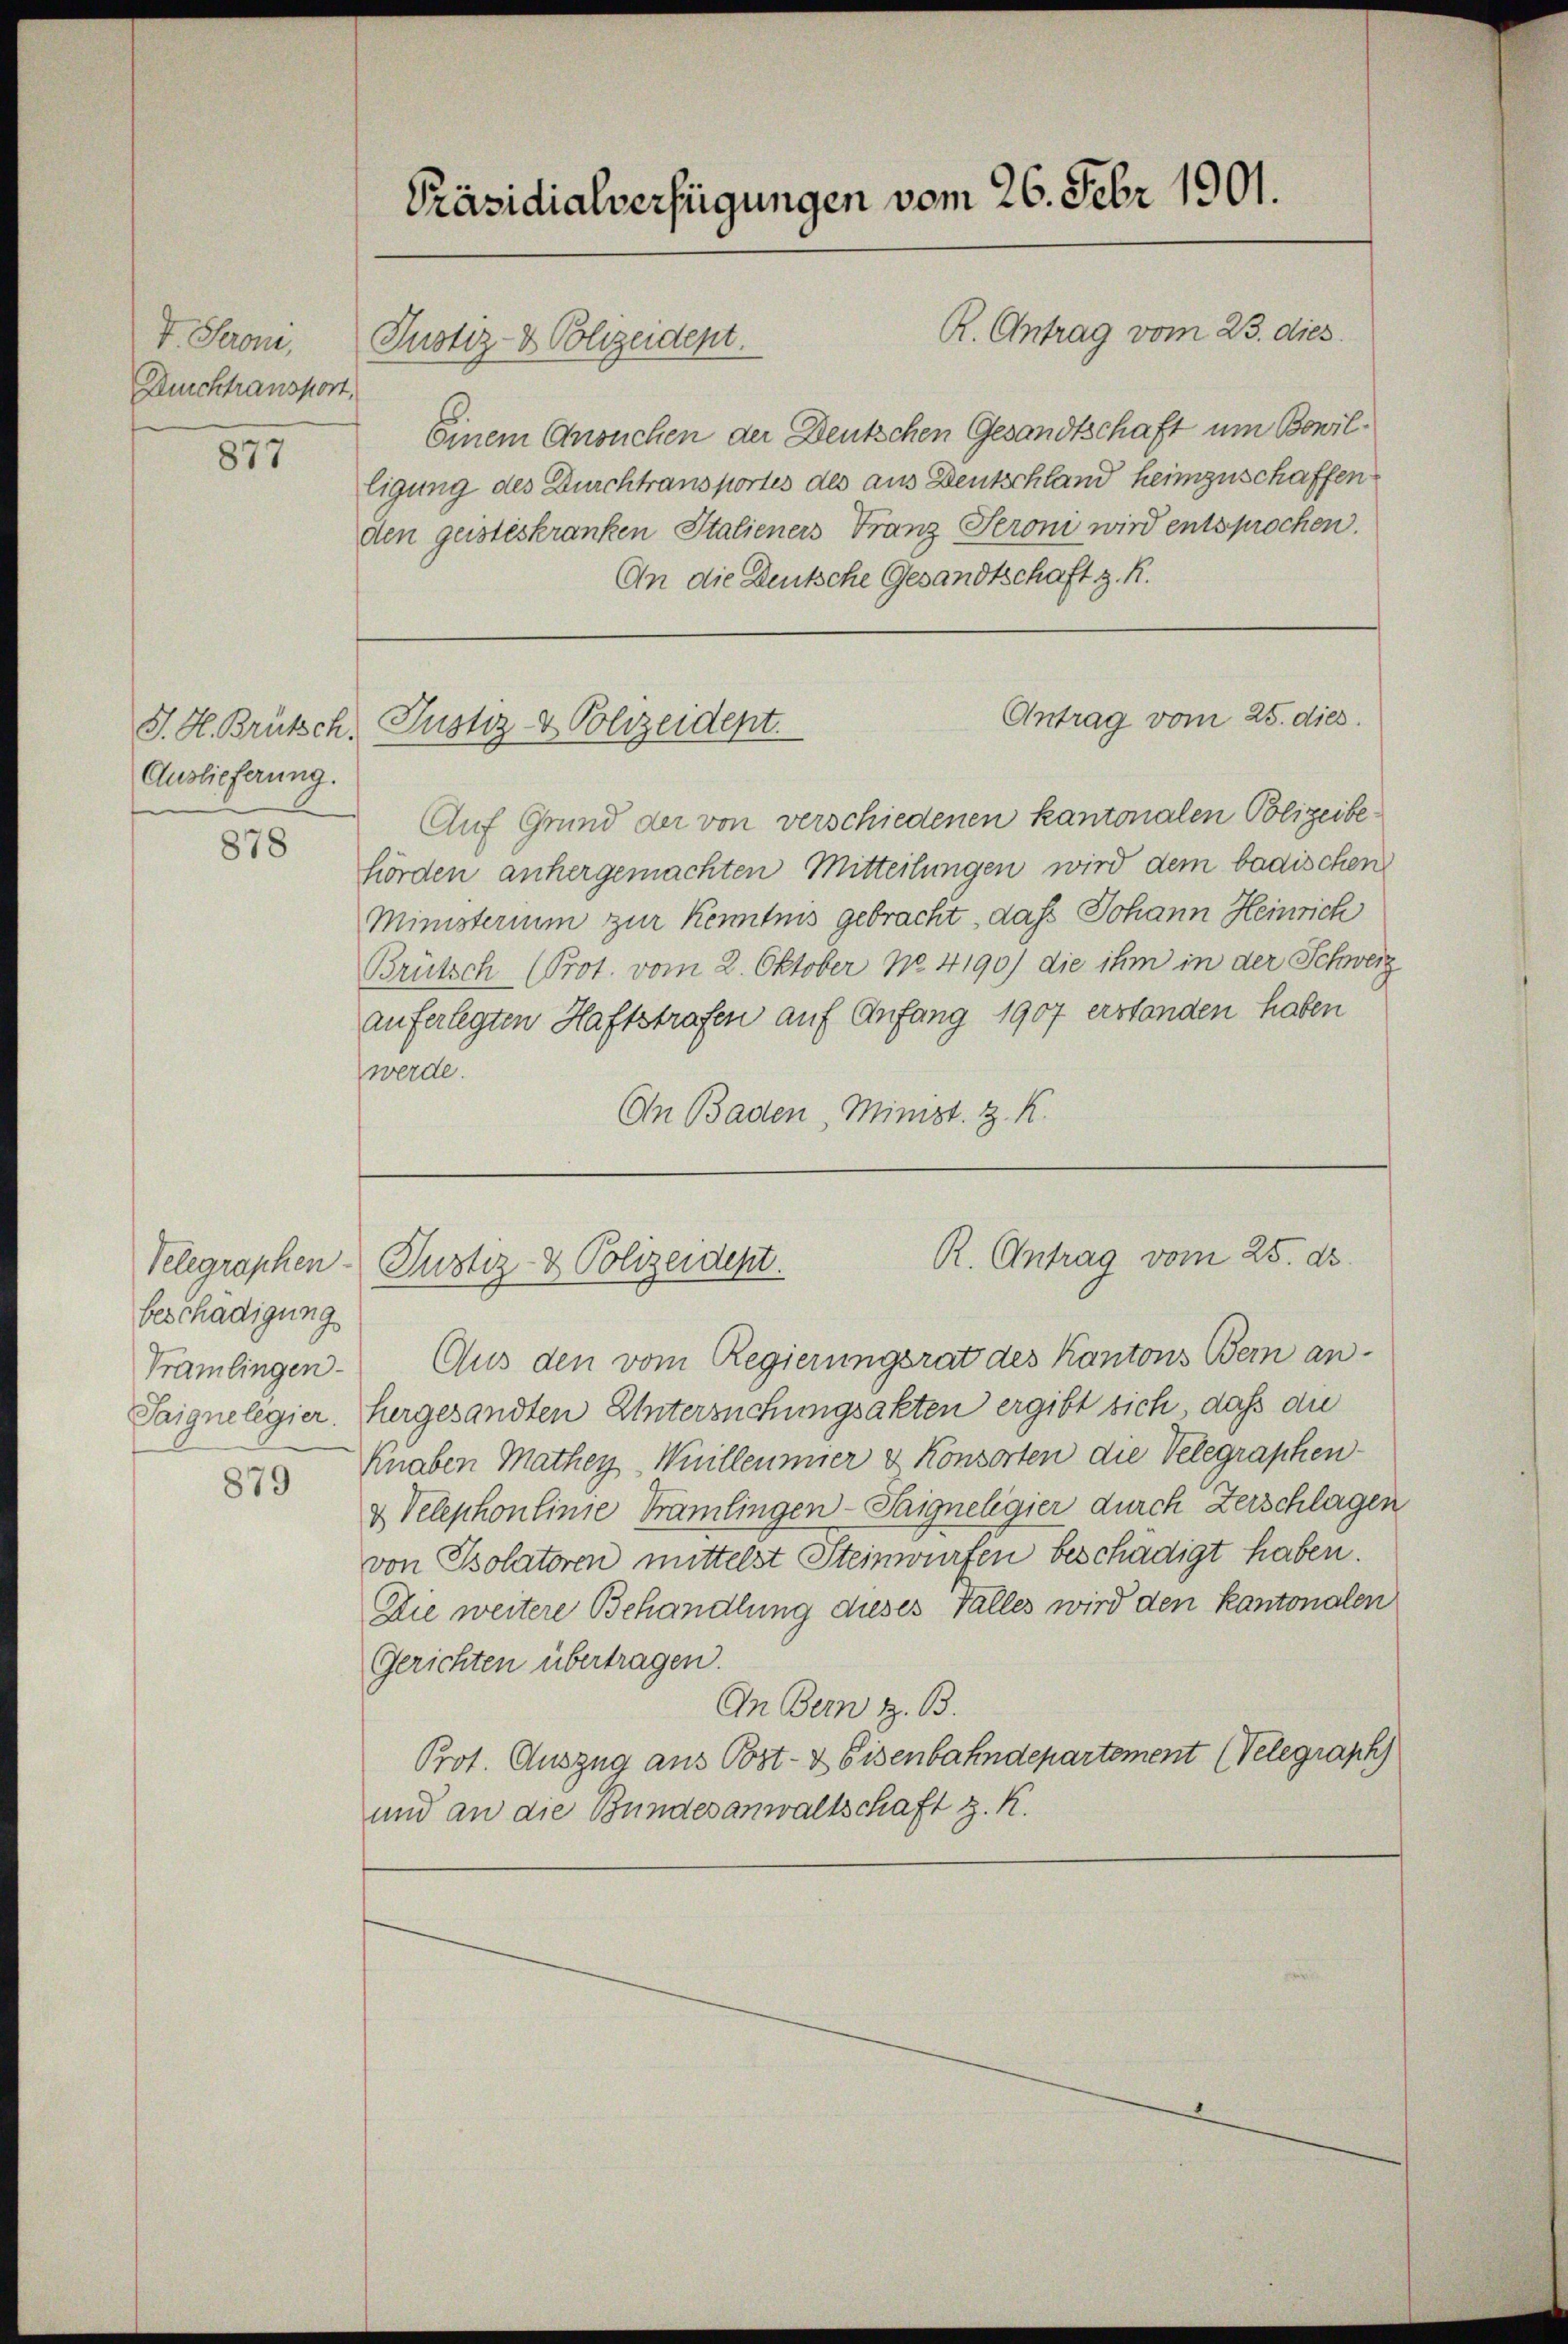
V. Seroni,
Durchtransport,

877

Auslieferung.

878

beschädigung
Taigne legier.

879

R. Antrag vom 23. dies
Einem Ansuchen der Deutschen Gesandtschaft um Bewilligung des Durchtransportes des aus Deutschland heimzuschaffen
den geisteskranken Stalieners Franz Seroni wird entsprochen.
An die Deutsche Gesandtschaft z. R.

Auf Grund der von verschiedenen Kantonalen Polizeibehörden anhergemachten Mitteilungen wird dem badischen
Ministerium zur Kenntnis gebracht, daß Johann Heinrich
Brütsch (Prot. vom 2. Oktober No. 4190) die ihm in der Schweiz
auferlegten Haftstrafen auf Anfang 1907 erstanden haben
werde.
On Baden, Minist. Z. K.

Präsidialverfügungen vom 26. Febr 1901.

Justiz- & Polizeident.

Pramlingen. Aus den vom Regierungsrat des Kantons Bern anhergesandten Untersuchungsakten ergibt sich, daß die
Knaben Mathey Willeumier & Konsorten die Velegraphen
& Velephonlinie Prämlingen - Saigneligier durch Zerschlagen
von Psolatoren mittelst Steinwürfen beschädigt haben.
Die weitere Behandlung dieses Falles wird den Kantonalen
Gerichten übertragen.
An Bern z. B.
Prot. Auszug aus Post- & Eisenbahndepartement (Velegraph
und an die Bundesanwaltschaft z. R.

S. H. Brütsch, Justiz- & Polizeident.

Antrag vom 25. dies

R. Antrag vom 25. d.
Telegraphen- Justiz- & Polizeident.